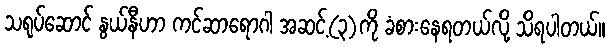
သရုပ်ဆောင် နွယ်နီဟာ ကင်ဆာရောဂါ အဆင့်(၃)ကို ခံစားနေရတယ်လို့ သိရပါတယ်။